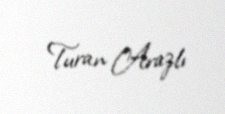
Turan Arazlı